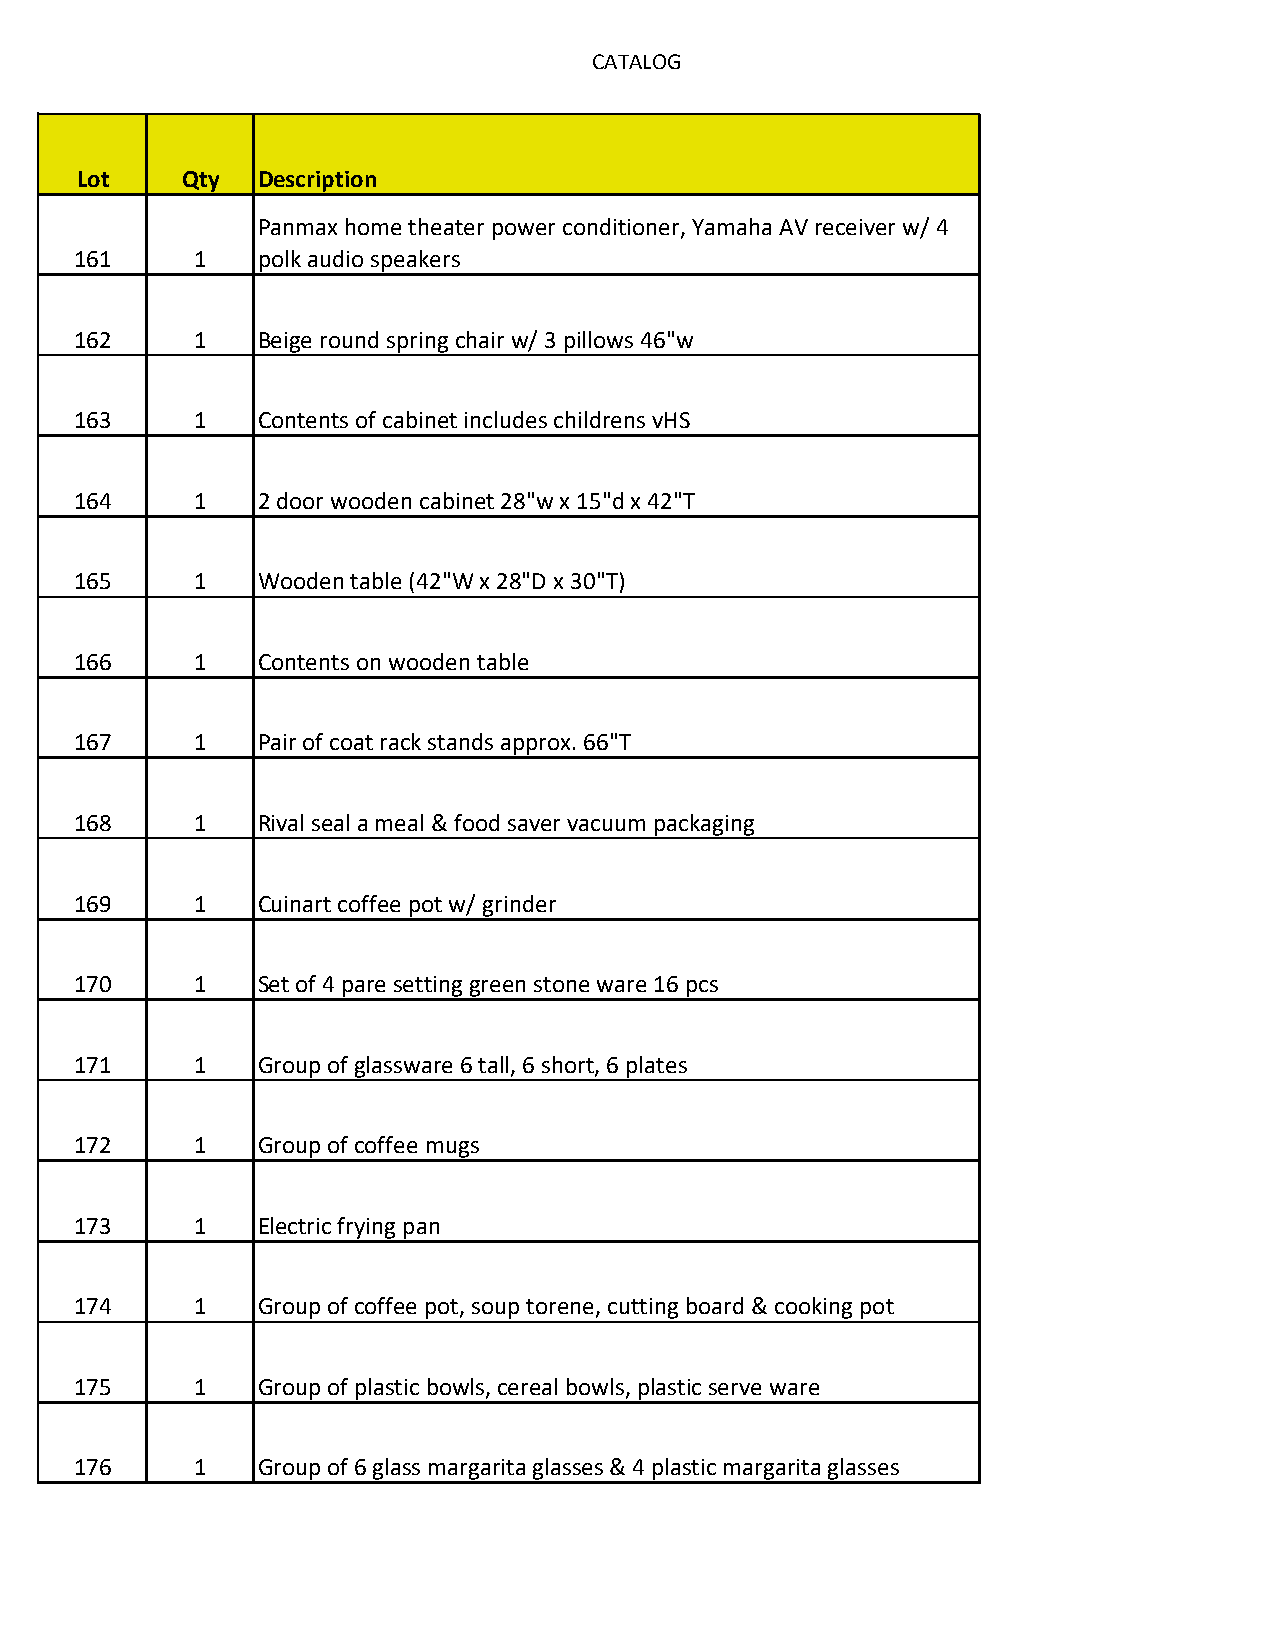
CATALOG
 Lot    Qty  Description
 Panmax home theater power conditioner, Yamaha AV receiver w/ 4
 161     1   polk audio speakers
 162     1   Beige round spring chair w/ 3 pillows 46"w
 163     1   Contents of cabinet includes childrens vHS
 164     1   2 door wooden cabinet 28"w x 15"d x 42"T
 165     1   Wooden table (42"W x 28"D x 30"T)
 166     1   Contents on wooden table
 167     1   Pair of coat rack stands approx. 66"T
 168     1   Rival seal a meal & food saver vacuum packaging
 169     1   Cuinart coffee pot w/ grinder
 170     1   Set of 4 pare setting green stone ware 16 pcs
 171     1   Group of glassware 6 tall, 6 short, 6 plates
 172     1   Group of coffee mugs
 173     1   Electric frying pan
 174     1   Group of coffee pot, soup torene, cutting board & cooking pot
 175     1   Group of plastic bowls, cereal bowls, plastic serve ware
 176     1   Group of 6 glass margarita glasses & 4 plastic margarita glasses